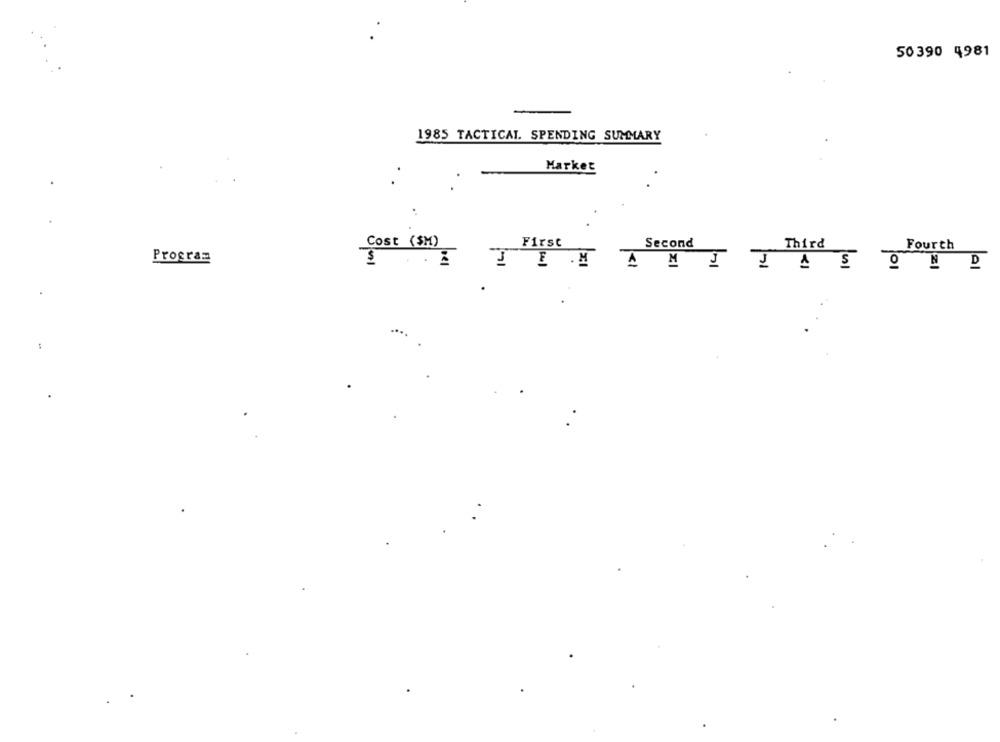
50 390 4981
1985 TACTICAL. SPENDING SUMMARY
.
Market
Cost ($M)
First
Second
Third
Fourth
Program
. 1
. M
A MI JAS OND
....